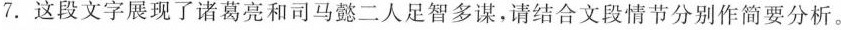
7.这段文字展现了诸葛亮和司马懿二人足智多谋，请结合文段情节分别作简要分析。